Lunatic asylums United Prov. 1922-30 - 1922-1930
Year: 1922
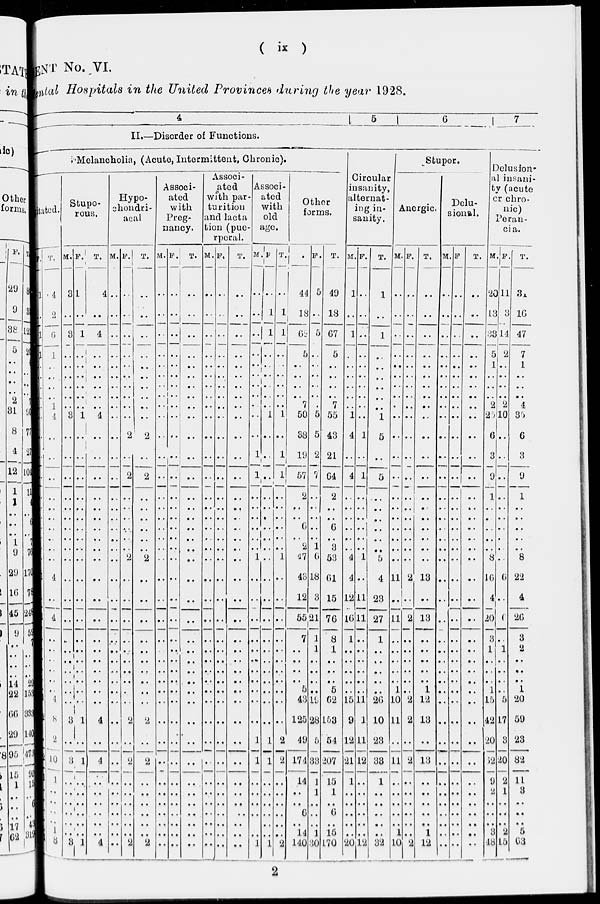
( ix )
MENT No. VI.
General Hospitals in the United Provinces during the year 1928.
4
5
6
7
II.—Disorder of Functions.
Melancholia, (Acute, Intermittent, Chronic).
gitated.
M. F.
1
..
1
1
..
..
..
..
..
..
..
..
..
..
..
..
..
..
..
..
1
..
1
..
..
..
..
..
..
1
2
1
2
..
..
..
..
..
1
1
T.
4
2
6
1
..
..
..
..
1
4
..
..
..
..
..
..
..
..
..
..
4
..
4
..
..
..
..
..
..
4
8
2
10
..
..
..
..
..
1
8
Stupo-
rous.
M.
3
..
3
..
..
..
..
..
..
3
..
..
..
..
..
..
..
..
..
..
..
..
..
..
..
..
..
..
..
..
3
..
3
..
..
..
..
..
..
3
F.
1
..
1
..
..
..
..
..
..
1
..
..
..
..
..
..
..
..
..
..
..
..
..
..
..
..
..
..
..
..
1
..
1
..
..
..
..
..
..
1
T.
4
..
4
..
..
..
..
..
..
4
..
..
..
..
..
..
..
..
..
..
..
..
..
..
..
..
..
..
..
..
4
4
4
Hypo-
chondri-
acal
M.
..
..
..
..
..
..
..
..
..
..
..
..
..
..
..
..
..
..
..
..
..
..
..
..
..
..
..
..
..
..
..
..
..
..
..
..
..
..
..
..
F.
..
..
..
..
..
..
..
..
..
..
2
..
2
..
..
..
..
..
..
2
..
..
..
..
..
..
..
..
..
..
2
..
2
..
..
..
..
..
..
2
T.
..
..
..
..
..
..
..
..
..
..
2
..
2
..
..
..
..
..
..
2
..
..
..
..
..
..
..
..
..
..
2
..
2
..
..
..
..
..
..
2
Associ-
ated
with
Preg-
nancy.
M.
..
..
..
..
..
..
..
..
..
..
..
..
..
..
..
..
..
..
..
..
..
..
..
..
..
..
..
..
..
..
..
..
..
..
..
..
..
..
..
..
F.
..
..
..
..
..
..
..
..
..
..
..
..
..
..
..
..
..
..
..
..
..
..
..
..
..
..
..
..
..
..
..
..
..
..
..
..
..
..
..
..
T.
..
..
..
..
..
..
..
..
..
..
..
..
..
..
..
..
..
..
..
..
..
..
..
..
..
..
..
..
..
..
..
..
..
..
..
..
..
..
..
..
Associ-
ated
with par-
turition
and lacta
tion (pue-
rperal.
M.
..
..
..
..
..
..
..
..
..
..
..
..
..
..
..
..
..
..
..
..
..
..
..
..
..
..
..
..
..
..
..
..
..
..
..
..
..
..
..
..
F.
..
..
..
..
..
..
..
..
..
..
..
..
..
..
..
..
..
..
..
..
..
..
..
..
..
..
..
..
..
..
..
..
..
..
..
..
..
..
..
..
T.
..
..
..
..
..
..
..
..
..
..
..
..
..
..
..
..
..
..
..
..
..
..
..
..
..
..
..
..
..
..
..
..
..
..
..
..
..
..
..
..
Associ-
ated
with
old
age.
M.
..
..
..
..
..
..
..
..
..
..
..
1
1
..
..
..
..
..
..
1
..
..
..
..
..
..
..
..
..
..
..
1
1
..
..
..
..
..
..
1
F.
..
1
1
..
..
..
..
..
..
1
..
..
..
..
..
..
..
..
..
..
..
..
..
..
..
..
..
..
..
..
..
1
1
..
..
..
..
..
..
1
T.
..
1
1
..
..
..
..
..
..
1
..
1
1
..
..
..
..
..
..
1
..
..
..
..
..
..
..
..
..
..
..
2
2
..
..
..
..
..
..
2
Other
forms.
M.
44
18
62
5
..
..
..
..
7
50
38
19
57
2
..
..
6
..
2
47
43
12
55
7
..
..
..
..
5
43
125
49
174
14
..
..
6
..
14
140
F.
5
..
5
..
..
..
..
..
..
5
5
2
7
..
..
..
..
..
1
6
18
3
21
1
1
..
..
..
..
19
28
5
33
1
1
..
..
..
1
30
T.
49
18
67
5
..
..
..
..
7
55
43
21
64
2
..
..
6
..
3
53
61
15
76
8
1
..
..
..
5
62
153
54
207
15
1
..
6
..
15
170
Circular
insanity,
alternat-
ing in-
sanity.
M.
1
..
1
..
..
..
..
..
..
1
4
..
4
..
..
..
..
..
..
4
4
12
16
1
..
..
..
..
..
15
9
12
21
1
..
..
..
..
..
20
F.
..
..
..
..
..
..
..
..
..
..
1
..
1
..
..
..
..
..
..
1
..
11
11
..
..
..
..
..
..
11
1
11
12
..
..
..
..
..
..
12
T.
1
..
1
..
..
..
..
..
..
1
5
..
5
..
..
..
..
..
..
5
4
23
27
1
..
..
..
..
..
26
10
23
33
1
..
..
..
..
..
32
Stupor.
Anergic
M.
..
..
..
..
..
..
..
..
..
..
..
..
..
..
..
..
..
..
..
..
11
..
11
..
..
..
..
..
1
10
11
..
11
..
..
..
..
..
1
10
F.
..
..
..
..
..
..
..
..
..
..
..
..
..
..
..
..
..
..
..
..
2
..
2
..
..
..
..
..
..
2
2
..
2
..
..
..
..
..
..
2
T.
..
..
..
..
..
..
..
..
..
..
..
..
..
..
..
..
..
..
..
..
13
..
13
..
..
..
..
..
1
12
13
..
13
..
..
..
..
..
1
12
Delu-
sional.
M.
..
..
..
..
..
..
..
..
..
..
..
..
..
..
..
..
..
..
..
..
..
..
..
..
..
..
..
..
..
..
..
..
..
..
..
..
..
..
..
..
F.
..
..
..
..
..
..
..
..
..
..
..
..
..
..
..
..
..
..
..
..
..
..
..
..
..
..
..
..
..
..
..
..
..
..
..
..
..
..
..
..
T.
..
..
..
..
..
..
..
..
..
..
..
..
..
..
..
..
..
..
..
..
..
..
..
..
..
..
..
..
..
..
..
..
..
..
..
..
..
..
..
..
Delusion-
al insani-
ty (acute
cr chro-
nic)
Peran-
cia.
M.
20
13
33
5
1
..
..
..
2
25
6
3
9
1
..
..
..
..
..
8
16
4
20
3
1
..
..
..
1
15
42
20
62
9
2
..
..
..
3
48
F.
11
3
14
2
..
..
..
..
2
10
..
..
..
..
..
..
..
..
..
..
6
..
6
..
1
..
..
..
..
5
17
3
20
2
1
..
..
..
2
15
T.
31
16
47
7
1
..
..
..
4
30
6
3
9
1
..
..
..
..
..
8
22
4
26
3
2
..
..
..
1
20
59
23
82
11
3
..
..
..
5
63
2